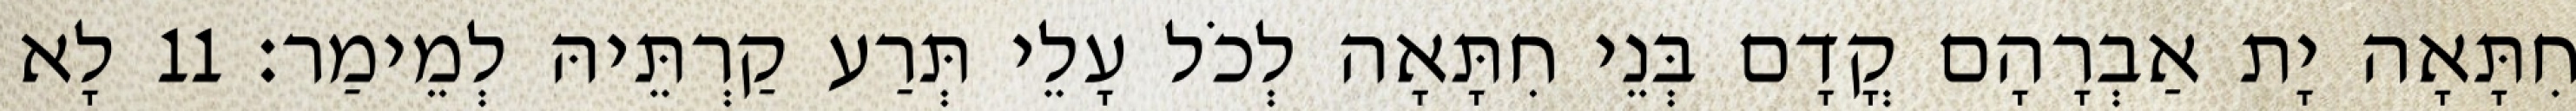
חִתָּאָה יָת אַבְרָהָם קֳדָם בְּנֵי חִתָּאָה לְכֹל עָלֵי תְּרַע קַרְתֵּיהּ לְמֵימַר׃ 11 לָא